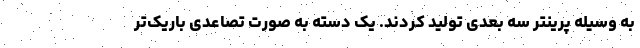
به وسیله پرینتر سه بعدی تولید کردند. یک دسته به صورت تصاعدی باریک‌تر